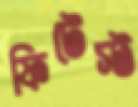
ফিটেস্ট